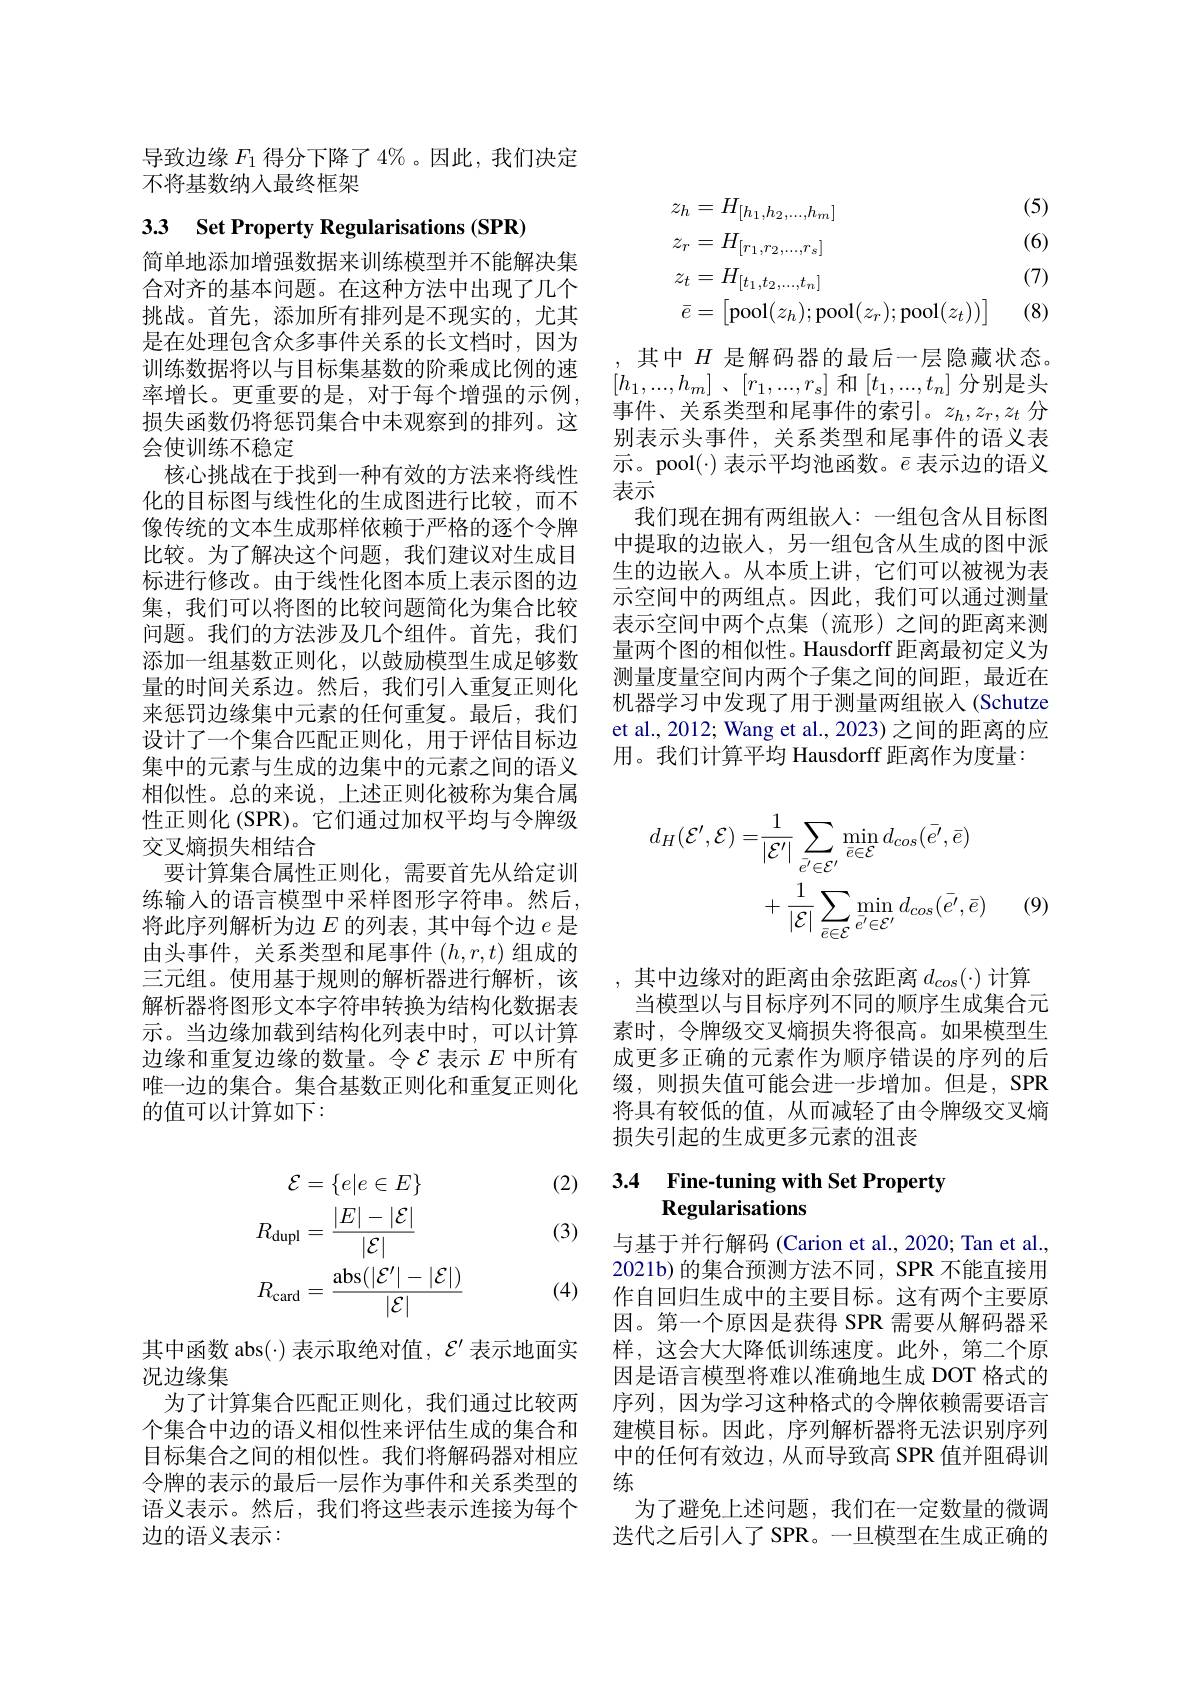
导致边缘$F_1$得分下降了 4%。因此，我们决定
不将基数纳入最终框架

# 33 Set Property Regularisations (SPR)

简单地添加增强数据来训练模型并不能解决集合对齐的基本问题。在这种方法中出现了几个挑战。首先，添加所有排列是不现实的，尤其是在处理包含众多事件关系的长文档时，因为训练数据将以与目标集基数的阶乘成比例的速率增长。更重要的是，对于每个增强的示例， 损失函数仍将惩罚集合中未观察到的排列。这会使训练不稳定
核心挑战在于找到一种有效的方法来将线性化的目标图与线性化的生成图进行比较，而不像传统的文本生成那样依赖于严格的逐个令牌比较。为了解决这个问题，我们建议对生成目标进行修改。由于线性化图本质上表示图的边集，我们可以将图的比较问题简化为集合比较问题。我们的方法涉及几个组件。首先，我们添加一组基数正则化，以鼓励模型生成足够数量的时间关系边。然后，我们引入重复正则化来惩罚边缘集中元素的任何重复。最后，我们设计了一个集合匹配正则化，用于评估目标边集中的元素与生成的边集中的元素之间的语义相似性。总的来说，上述正则化被称为集合属性正则化 (SPR)。它们通过加权平均与令牌级交叉熵损失相结合
要计算集合属性正则化，需要首先从给定训练输入的语言模型中采样图形字符串。然后， 将此序列解析为边$E$的列表，其中每个边$e$是由头事件，关系类型和尾事件$(h,r,t)$组成的三元组。使用基于规则的解析器进行解析，该解析器将图形文本字符串转换为结构化数据表示。当边缘加载到结构化列表中时，可以计算边缘和重复边缘的数量。令$\mathcal{E}$表示$E$中所有唯一边的集合。集合基数正则化和重复正则化的值可以计算如下：

(2)

(3)
$$\begin{aligned}\mathcal{E}&=\{e|e\in E\}\\R_{\mathrm{dupl}}&=\frac{|E|-|\mathcal{E}|}{|\mathcal{E}|}\\R_{\mathrm{card}}&=\frac{\mathrm{abs}(|\mathcal{E}^{\prime}|-|\mathcal{E}|)}{|\mathcal{E}|}\end{aligned}$$
(4)

其中函数 abs(·)表示取绝对值，$\mathcal{E}^\prime$表示地面实
况边缘集
为了计算集合匹配正则化，我们通过比较两个集合中边的语义相似性来评估生成的集合和目标集合之间的相似性。我们将解码器对相应令牌的表示的最后一层作为事件和关系类型的语义表示。然后，我们将这些表示连接为每个边的语义表示：
$$z_{h}=H_{[h_{1},h_{2},...,h_{m}]}\text{(5)}\\z_{r}=H_{[r_{1},r_{2},...,r_{s}]}\text{(6)}\\z_{t}=H_{[t_{1},t_{2},...,t_{n}]}\text{(7)}\\\bar{e}=\begin{bmatrix}\mathrm{pool}(z_h);\mathrm{pool}(z_r);\mathrm{pool}(z_t))\end{bmatrix}\text{(8)}$$
其中$H$是解码器的最后一层隐藏状态。$[ h_{1}, . . . , h_{m}]$ $、 [ r_{1}, . . . , r_{s}]$ 和$[t_1,...,t_n]$ 分别是头事件、关系类型和尾事件的索引。$z_h,z_r,z_t$分别表示头事件，关系类型和尾事件的语义表示。pool($\cdot) 表示平均池函数。\bar{e} 表示边的语义$ 表示
我们现在拥有两组嵌入：一组包含从目标图中提取的边嵌入，另一组包含从生成的图中派生的边嵌入。从本质上讲，它们可以被视为表示空间中的两组点。因此，我们可以通过测量表示空间中两个点集(流形)之间的距离来测量两个图的相似性。Hausdorff 距离最初定义为测量度量空间内两个子集之间的间距，最近在机器学习中发现了用于测量两组嵌人(Schutze et al., 2012; Wang et al., 2023) 之间的距离的应用。我们计算平均 Hausdorff 距离作为度量：
$$\begin{aligned}d_{H}(\mathcal{E}^{\prime},\mathcal{E})=&\frac{1}{|\mathcal{E}^{\prime}|}\sum_{\bar{e^{\prime}}\in\mathcal{E^{\prime}}}\operatorname*{min}_{\bar{e}\in\mathcal{E}}d_{cos}(\bar{e^{\prime}},\bar{e})\\&+\frac{1}{|\mathcal{E}|}\sum_{\bar{e}\in\mathcal{E}}\operatorname*{min}_{\bar{e^{\prime}}\in\mathcal{E^{\prime}}}d_{cos}(\bar{e^{\prime}},\bar{e})\end{aligned}$$
(9)

,其中边缘对的距离由余弦距离$d_cos(\cdot)$计算
当模型以与目标序列不同的顺序生成集合元素时，令牌级交叉熵损失将很高。如果模型生成更多正确的元素作为顺序错误的序列的后缀，则损失值可能会进一步增加。但是，SPR 将具有较低的值，从而减轻了由令牌级交叉熵损失引起的生成更多元素的沮丧

# 3.4 Fine-tuning with Set Property Regularisations

与基于并行解码 (Carion et al., 2020; Tan et al., 2021b)的集合预测方法不同，SPR 不能直接用作自回归生成中的主要目标。这有两个主要原因。第一个原因是获得 SPR 需要从解码器采样，这会大大降低训练速度。此外，第二个原因是语言模型将难以准确地生成 DOT 格式的序列，因为学习这种格式的令牌依赖需要语言建模目标。因此，序列解析器将无法识别序列中的任何有效边，从而导致高 SPR 值并阻碍训练
为了避免上述问题，我们在一定数量的微调选代之后引人了 SPR。一旦模型在生成正确的